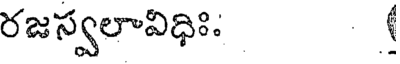
రజస్వలావిధిః: